Civil Veterinary Department. Madras. Admin. report 1926-33 - 1926-1933
Year: 1926
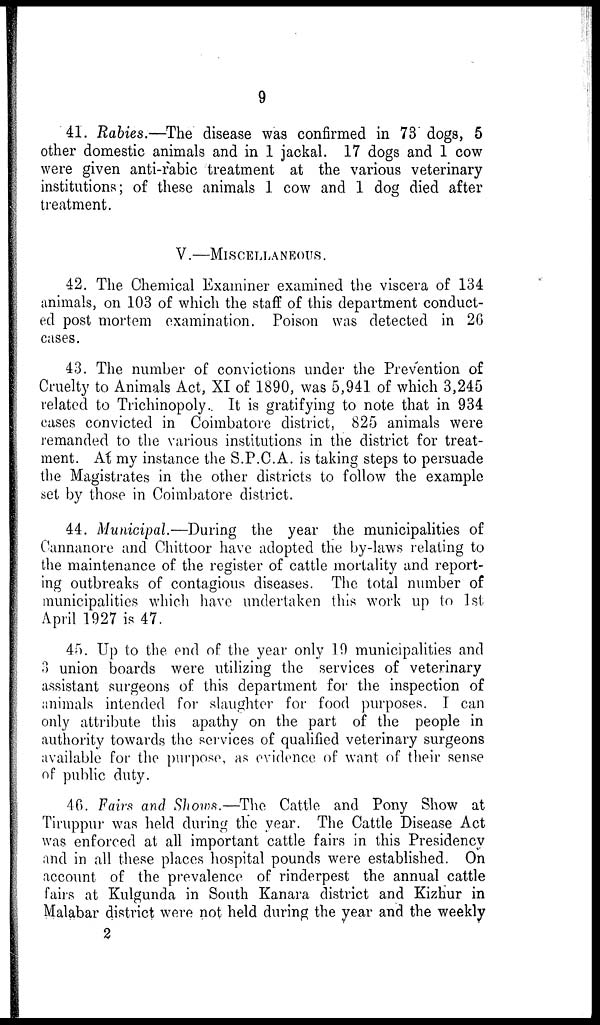
9
41. Rabies.—The disease was confirmed in 73 dogs, 5
other domestic animals and in 1 jackal. 17 dogs and 1 cow
were given anti-rabic treatment at the various veterinary
institutions; of these animals 1 cow and 1 dog died after
treatment.
V.—MISCELLANEOUS.
42. The Chemical Examiner examined the viscera of 134
animals, on 103 of which the staff of this department conduct-
ed post mortem examination. Poison was detected in 26
cases.
43. The number of convictions under the Prevention of
Cruelty to Animals Act, XI of 1890, was 5,941 of which 3,245
related to Trichinopoly. It is gratifying to note that in 934
cases convicted in Coimbatore district, 825 animals were
remanded to the various institutions in the district for treat-
ment. At my instance the S.P.C.A. is taking steps to persuade
the Magistrates in the other districts to follow the example
set by those in Coimbatore district.
44. Municipal.—During the year the municipalities of
Cannanore and Chittoor have adopted the by-laws relating to
the maintenance of the register of cattle mortality and report-
ing outbreaks of contagious diseases. The total number of
municipalities which have undertaken this work up to 1st
April 1927 is 47.
45. Up to the end of the year only 19 municipalities and
3 union boards were utilizing the services of veterinary
assistant surgeons of this department for the inspection of
animals intended for slaughter for food purposes. I can
only attribute this apathy on the part of the people in
authority towards the services of qualified veterinary surgeons
available for the purpose, as evidence of want of their sense
of public duty.
46. Fairs and Shows.—The Cattle and Pony Show at
Tiruppur was held during the year. The Cattle Disease Act
was enforced at all important cattle fairs in this Presidency
and in all these places hospital pounds were established. On
account of the prevalence of rinderpest the annual cattle
fairs at Kulgunda in South Kanara district and Kizhur in
Malabar district were not held during the year and the weekly
2